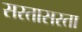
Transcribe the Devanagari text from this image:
सरतासरता